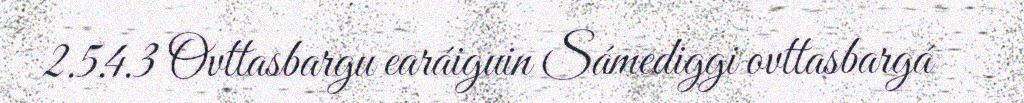
2.5.4.3 Ovttasbargu earáiguin Sámediggi ovttasbargá